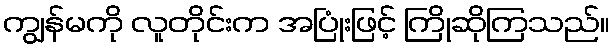
ကျွန်မကို လူတိုင်းက အပြုံးဖြင့် ကြိုဆိုကြသည်။